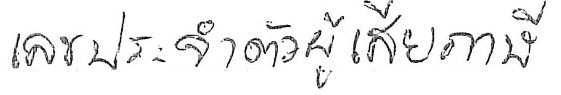
เลขประจำตัวผู้เสียภาษี